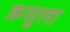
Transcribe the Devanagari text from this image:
क्रसुला